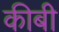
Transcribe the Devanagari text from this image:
कीबी